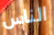
الناس